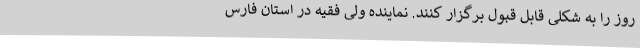
روز را به شکلی قابل قبول برگزار کنند. نماینده ولی فقیه در استان فارس